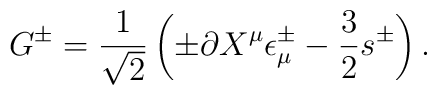
G^\pm = {1\over\sqrt2}\left(\pm\partial	X^\mu\epsilon^\pm_\mu -{3\over2}s^\pm\right) .